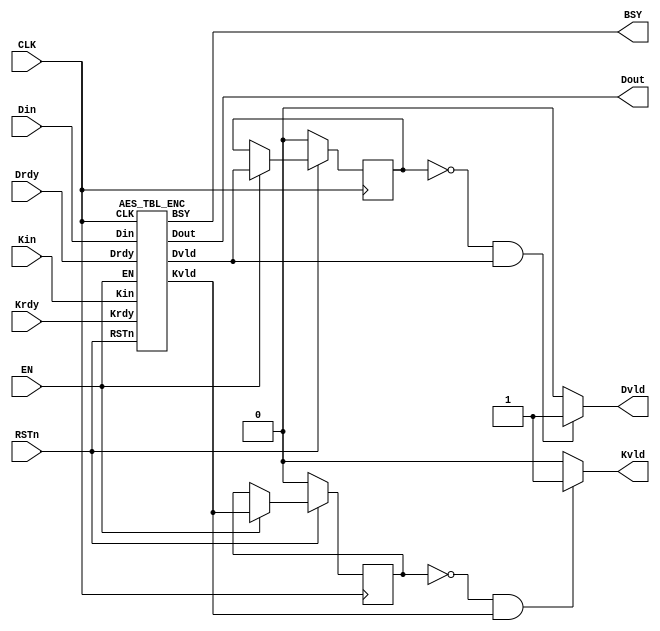
/*-------------------------------------------------------------------------
 AES Encryption/Decryption Macro (ASIC version)
                                   
 File name   : AES_TBL.v
 Version     : Version 1.0
 Created     : 
 Last update : SEP/25/2007
 Desgined by : Akashi Satoh
 
 
 Copyright (C) 2007 AIST and Tohoku Univ.
 
 By using this code, you agree to the following terms and conditions.
 
 This code is copyrighted by AIST and Tohoku University ("us").
 
 Permission is hereby granted to copy, reproduce, redistribute or
 otherwise use this code as long as: there is no monetary profit gained
 specifically from the use or reproduction of this code, it is not sold,
 rented, traded or otherwise marketed, and this copyright notice is
 included prominently in any copy made.
 
 We shall not be liable for any damages, including without limitation
 direct, indirect, incidental, special or consequential damages arising
 from the use of this code.
 
 When you publish any results arising from the use of this code, we will
 appreciate it if you can cite as following.
 @misc{tohoku-crypto-ip,
  author={Tohoku University ECSIS laboratory},
  title={Cryptographic IP cores},
  howpublished = {https://github.com/ECSIS-lab/IP_cores}
 }
 -------------------------------------------------------------------------*/

//`timescale 1ns / 1ps

module AES_TBL(Kin, Din, Dout, Krdy, Drdy, RSTn, EN, CLK, BSY, Kvld, Dvld);
  input  [127:0] Kin;  // Key input
  input  [127:0] Din;  // Data input
  output [127:0] Dout; // Data output
  input  Krdy;         // Key input ready
  input  Drdy;         // Data input ready
//  input  EncDec;       // 0:Encryption 1:Decryption
  input  RSTn;         // Reset (Low active)
  input  EN;           // AES circuit enable
  input  CLK;          // System clock
  output BSY;          // Busy signal
  output Kvld;         // Data output valid
  output Dvld;         // Data output valid

  wire EN_E, EN_D;
  wire [127:0] Dout_E, Dout_D;
  wire BSY_E, BSY_D;
  wire Dvld_E, Dvld_D;
  wire Kvld_E, Kvld_D;

  wire Dvld_tmp, Kvld_tmp;
  reg  Dvld_reg, Kvld_reg;

  parameter EncDec = 1'b0; // Only encryption is supported

  assign EN_E = (~EncDec) & EN;
  assign EN_D =  EncDec & EN;
  //assign BSY  = BSY_E | BSY_D;
  assign BSY  = BSY_E;

  assign Dvld_tmp = Dvld_E & (~EncDec) | Dvld_D & EncDec;
  assign Kvld_tmp = Kvld_E & (~EncDec) | Kvld_D & EncDec;

  assign Dvld = ( (Dvld_reg == 1'b0) && (Dvld_tmp == 1'b1) ) ? 1'b1: 1'b0;
  assign Kvld = ( (Kvld_reg == 1'b0) && (Kvld_tmp == 1'b1) ) ? 1'b1: 1'b0;  

  assign Dout = (EncDec == 0)? Dout_E: Dout_D;

  AES_TBL_ENC AES_TBL_ENC(Kin, Din, Dout_E, Krdy, Drdy, RSTn, EN_E, CLK, BSY_E, Kvld_E, Dvld_E);
  //AES_DEC AES_DEC(Kin, Din, Dout_D, Krdy, Drdy, RSTn, EN_D, CLK, BSY_D, Kvld_D, Dvld_D);

  // Behavior for Dvld_reg and Kvld_reg.
  always @(posedge CLK) begin
    if (RSTn == 0) begin
      Dvld_reg <= 1'b0;
      Kvld_reg <= 1'b0;
    end
    else if (EN == 1) begin
      Dvld_reg <= Dvld_tmp;
      Kvld_reg <= Kvld_tmp;
    end
  end
endmodule


/////////////////////////////
//        SubBytes         //
/////////////////////////////
module AES_TBL_SubBytesTBL (x, y);
  input  [31:0] x;
  output [31:0] y;

  function [7:0] S;
  input    [7:0] x;
    case (x)
        0:S= 99;   1:S=124;   2:S=119;   3:S=123;   4:S=242;   5:S=107;   6:S=111;   7:S=197;
        8:S= 48;   9:S=  1;  10:S=103;  11:S= 43;  12:S=254;  13:S=215;  14:S=171;  15:S=118;
       16:S=202;  17:S=130;  18:S=201;  19:S=125;  20:S=250;  21:S= 89;  22:S= 71;  23:S=240;
       24:S=173;  25:S=212;  26:S=162;  27:S=175;  28:S=156;  29:S=164;  30:S=114;  31:S=192;
       32:S=183;  33:S=253;  34:S=147;  35:S= 38;  36:S= 54;  37:S= 63;  38:S=247;  39:S=204;
       40:S= 52;  41:S=165;  42:S=229;  43:S=241;  44:S=113;  45:S=216;  46:S= 49;  47:S= 21;
       48:S=  4;  49:S=199;  50:S= 35;  51:S=195;  52:S= 24;  53:S=150;  54:S=  5;  55:S=154;
       56:S=  7;  57:S= 18;  58:S=128;  59:S=226;  60:S=235;  61:S= 39;  62:S=178;  63:S=117;
       64:S=  9;  65:S=131;  66:S= 44;  67:S= 26;  68:S= 27;  69:S=110;  70:S= 90;  71:S=160;
       72:S= 82;  73:S= 59;  74:S=214;  75:S=179;  76:S= 41;  77:S=227;  78:S= 47;  79:S=132;
       80:S= 83;  81:S=209;  82:S=  0;  83:S=237;  84:S= 32;  85:S=252;  86:S=177;  87:S= 91;
       88:S=106;  89:S=203;  90:S=190;  91:S= 57;  92:S= 74;  93:S= 76;  94:S= 88;  95:S=207;
       96:S=208;  97:S=239;  98:S=170;  99:S=251; 100:S= 67; 101:S= 77; 102:S= 51; 103:S=133;
      104:S= 69; 105:S=249; 106:S=  2; 107:S=127; 108:S= 80; 109:S= 60; 110:S=159; 111:S=168;
      112:S= 81; 113:S=163; 114:S= 64; 115:S=143; 116:S=146; 117:S=157; 118:S= 56; 119:S=245;
      120:S=188; 121:S=182; 122:S=218; 123:S= 33; 124:S= 16; 125:S=255; 126:S=243; 127:S=210;
      128:S=205; 129:S= 12; 130:S= 19; 131:S=236; 132:S= 95; 133:S=151; 134:S= 68; 135:S= 23;
      136:S=196; 137:S=167; 138:S=126; 139:S= 61; 140:S=100; 141:S= 93; 142:S= 25; 143:S=115;
      144:S= 96; 145:S=129; 146:S= 79; 147:S=220; 148:S= 34; 149:S= 42; 150:S=144; 151:S=136;
      152:S= 70; 153:S=238; 154:S=184; 155:S= 20; 156:S=222; 157:S= 94; 158:S= 11; 159:S=219;
      160:S=224; 161:S= 50; 162:S= 58; 163:S= 10; 164:S= 73; 165:S=  6; 166:S= 36; 167:S= 92;
      168:S=194; 169:S=211; 170:S=172; 171:S= 98; 172:S=145; 173:S=149; 174:S=228; 175:S=121;
      176:S=231; 177:S=200; 178:S= 55; 179:S=109; 180:S=141; 181:S=213; 182:S= 78; 183:S=169;
      184:S=108; 185:S= 86; 186:S=244; 187:S=234; 188:S=101; 189:S=122; 190:S=174; 191:S=  8;
      192:S=186; 193:S=120; 194:S= 37; 195:S= 46; 196:S= 28; 197:S=166; 198:S=180; 199:S=198;
      200:S=232; 201:S=221; 202:S=116; 203:S= 31; 204:S= 75; 205:S=189; 206:S=139; 207:S=138;
      208:S=112; 209:S= 62; 210:S=181; 211:S=102; 212:S= 72; 213:S=  3; 214:S=246; 215:S= 14;
      216:S= 97; 217:S= 53; 218:S= 87; 219:S=185; 220:S=134; 221:S=193; 222:S= 29; 223:S=158;
      224:S=225; 225:S=248; 226:S=152; 227:S= 17; 228:S=105; 229:S=217; 230:S=142; 231:S=148;
      232:S=155; 233:S= 30; 234:S=135; 235:S=233; 236:S=206; 237:S= 85; 238:S= 40; 239:S=223;
      240:S=140; 241:S=161; 242:S=137; 243:S= 13; 244:S=191; 245:S=230; 246:S= 66; 247:S=104;
      248:S= 65; 249:S=153; 250:S= 45; 251:S= 15; 252:S=176; 253:S= 84; 254:S=187; 255:S= 22;
    endcase
  endfunction

  assign y = {S(x[31:24]), S(x[23:16]), S(x[15: 8]), S(x[ 7: 0])};
endmodule


/////////////////////////////
//       MixColumns        //
/////////////////////////////
module AES_TBL_MixColumns(x, y);
  input  [31:0]  x;
  output [31:0]  y;

  wire [7:0] a3, a2, a1, a0, b3, b2, b1, b0;

  assign a3 = x[31:24]; assign a2 = x[23:16];
  assign a1 = x[15: 8]; assign a0 = x[ 7: 0];

  assign b3 = a3 ^ a2; assign b2 = a2 ^ a1;
  assign b1 = a1 ^ a0; assign b0 = a0 ^ a3;

  assign y = {a2[7] ^ b1[7] ^ b3[6],         a2[6] ^ b1[6] ^ b3[5],
              a2[5] ^ b1[5] ^ b3[4],         a2[4] ^ b1[4] ^ b3[3] ^ b3[7],
              a2[3] ^ b1[3] ^ b3[2] ^ b3[7], a2[2] ^ b1[2] ^ b3[1],
              a2[1] ^ b1[1] ^ b3[0] ^ b3[7], a2[0] ^ b1[0] ^ b3[7],
              a3[7] ^ b1[7] ^ b2[6],         a3[6] ^ b1[6] ^ b2[5],
              a3[5] ^ b1[5] ^ b2[4],         a3[4] ^ b1[4] ^ b2[3] ^ b2[7],
              a3[3] ^ b1[3] ^ b2[2] ^ b2[7], a3[2] ^ b1[2] ^ b2[1],
              a3[1] ^ b1[1] ^ b2[0] ^ b2[7], a3[0] ^ b1[0] ^ b2[7],
              a0[7] ^ b3[7] ^ b1[6],         a0[6] ^ b3[6] ^ b1[5],
              a0[5] ^ b3[5] ^ b1[4],         a0[4] ^ b3[4] ^ b1[3] ^ b1[7],
              a0[3] ^ b3[3] ^ b1[2] ^ b1[7], a0[2] ^ b3[2] ^ b1[1],
              a0[1] ^ b3[1] ^ b1[0] ^ b1[7], a0[0] ^ b3[0] ^ b1[7],
              a1[7] ^ b3[7] ^ b0[6],         a1[6] ^ b3[6] ^ b0[5],
              a1[5] ^ b3[5] ^ b0[4],         a1[4] ^ b3[4] ^ b0[3] ^ b0[7],
              a1[3] ^ b3[3] ^ b0[2] ^ b0[7], a1[2] ^ b3[2] ^ b0[1],
              a1[1] ^ b3[1] ^ b0[0] ^ b0[7], a1[0] ^ b3[0] ^ b0[7]};
endmodule


/////////////////////////////
//     Encryption Core     //
/////////////////////////////
module AES_TBL_EncCore(di, ki, Rrg, do, ko);
  input  [127:0] di, ki;
  input  [9:0]   Rrg;
  output [127:0] do, ko;

  wire   [127:0] sb, sr, mx;
  wire   [31:0]  so;

  AES_TBL_SubBytesTBL SB3 (di[127:96], sb[127:96]);
  AES_TBL_SubBytesTBL SB2 (di[ 95:64], sb[ 95:64]);
  AES_TBL_SubBytesTBL SB1 (di[ 63:32], sb[ 63:32]);
  AES_TBL_SubBytesTBL SB0 (di[ 31: 0], sb[ 31: 0]);
  AES_TBL_SubBytesTBL SBK ({ki[23:16], ki[15:8], ki[7:0], ki[31:24]}, so);

  assign sr = {sb[127:120], sb[ 87: 80], sb[ 47: 40], sb[  7:  0],
               sb[ 95: 88], sb[ 55: 48], sb[ 15:  8], sb[103: 96],
               sb[ 63: 56], sb[ 23: 16], sb[111:104], sb[ 71: 64],
               sb[ 31: 24], sb[119:112], sb[ 79: 72], sb[ 39: 32]};

  AES_TBL_MixColumns MX3 (sr[127:96], mx[127:96]);
  AES_TBL_MixColumns MX2 (sr[ 95:64], mx[ 95:64]);
  AES_TBL_MixColumns MX1 (sr[ 63:32], mx[ 63:32]);
  AES_TBL_MixColumns MX0 (sr[ 31: 0], mx[ 31: 0]);

  assign do = ((Rrg[0] == 1)? sr: mx) ^ ki;

  function [7:0] rcon;
  input [9:0] x;
    casex (x)
      10'bxxxxxxxxx1: rcon = 8'h01;
      10'bxxxxxxxx1x: rcon = 8'h02;
      10'bxxxxxxx1xx: rcon = 8'h04;
      10'bxxxxxx1xxx: rcon = 8'h08;
      10'bxxxxx1xxxx: rcon = 8'h10;
      10'bxxxx1xxxxx: rcon = 8'h20;
      10'bxxx1xxxxxx: rcon = 8'h40;
      10'bxx1xxxxxxx: rcon = 8'h80;
      10'bx1xxxxxxxx: rcon = 8'h1b;
      10'b1xxxxxxxxx: rcon = 8'h36;
    endcase
  endfunction

  assign ko = {ki[127:96] ^ {so[31:24] ^ rcon(Rrg), so[23: 0]},
               ki[ 95:64] ^ ko[127:96],
               ki[ 63:32] ^ ko[ 95:64],
               ki[ 31: 0] ^ ko[ 63:32]};
endmodule


/////////////////////////////
//   AES for encryption    //
/////////////////////////////
module AES_TBL_ENC(Kin, Din, Dout, Krdy, Drdy, RSTn, EN, CLK, BSY, Kvld, Dvld);
  input  [127:0] Kin;  // Key input
  input  [127:0] Din;  // Data input
  output [127:0] Dout; // Data output
  input  Krdy;         // Key input ready
  input  Drdy;         // Data input ready
  input  RSTn;         // Reset (Low active)
  input  EN;           // AES circuit enable
  input  CLK;          // System clock
  output BSY;          // Busy signal
  output Kvld;         // Key valid
  output Dvld;         // Data output valid

  reg  [127:0] Drg;    // Data register
  reg  [127:0] Krg;    // Key register
  reg  [127:0] KrgX;   // Temporary key Register
  reg  [9:0]   Rrg;    // Round counter
  reg  Kvldrg, Dvldrg, BSYrg;
  wire [127:0] Dnext, Knext;

  AES_TBL_EncCore EC (Drg, KrgX, Rrg, Dnext, Knext);

  assign Kvld = Kvldrg;
  assign Dvld = Dvldrg;
  assign Dout = Drg;
  assign BSY  = BSYrg;

  always @(posedge CLK) begin
    if (RSTn == 0) begin
      Krg    <= 128'h0000000000000000;
      KrgX   <= 128'h0000000000000000;
      Rrg    <= 10'b0000000001;
      Kvldrg <= 0;
      Dvldrg <= 0;
      BSYrg  <= 0;
    end
    else if (EN == 1) begin
      if (BSYrg == 0) begin
        if (Krdy == 1) begin
          Krg    <= Kin;
          KrgX   <= Kin;
          Kvldrg <= 1;
          Dvldrg <= 0;
        end
        else if (Drdy == 1) begin
          Rrg    <= {Rrg[8:0], Rrg[9]};
          KrgX   <= Knext;
          Drg    <= Din ^ Krg;
          Dvldrg <= 0;
          BSYrg  <= 1;
        end
      end
      else begin
        Drg <= Dnext;
        if (Rrg[0] == 1) begin
          KrgX   <= Krg;
          Dvldrg <= 1;
          BSYrg  <= 0;
        end
        else begin
          Rrg    <= {Rrg[8:0], Rrg[9]};
          KrgX   <= Knext;
        end
      end
    end
  end
endmodule

/////////////////////////////
//   AES for encryption    //
//   with output register  //
/////////////////////////////
module AES_TBL_ENCx(Kin, Din, Dout, Krdy, Drdy, RSTn, EN, CLK, BSY, Kvld, Dvld);
  input  [127:0] Kin;  // Key input
  input  [127:0] Din;  // Data input
  output [127:0] Dout; // Data output
  input  Krdy;         // Key input ready
  input  Drdy;         // Data input ready
  input  RSTn;         // Reset (Low active)
  input  EN;           // AES circuit enable
  input  CLK;          // System clock
  output BSY;          // Busy signal
  output Kvld;         // Key valid
  output Dvld;         // Data output valid

  reg  [127:0] Drg;    // Data register
  reg  [127:0] DrgX;   // Data output regsiter
  reg  [127:0] Krg;    // Key register
  reg  [127:0] KrgX;   // Temporary key Register
  reg  [9:0]   Rrg;    // Round counter
  reg  Kvldrg, Dvldrg, BSYrg;
  wire [127:0] Dnext, Knext;

  AES_TBL_EncCore EC (Drg, KrgX, Rrg, Dnext, Knext);

  assign Kvld = Kvldrg;
  assign Dvld = Dvldrg;
  assign Dout = DrgX;
  assign BSY  = BSYrg;

  always @(posedge CLK) begin
    if (RSTn == 0) begin
      Krg    <= 128'h0000000000000000;
      KrgX   <= 128'h0000000000000000;
      Rrg    <= 10'b0000000001;
      Kvldrg <= 0;
      Dvldrg <= 0;
      BSYrg  <= 0;
    end
    else if (EN == 1) begin
      if (BSYrg == 0) begin
        if (Krdy == 1) begin
          Krg    <= Kin;
          KrgX   <= Kin;
          Kvldrg <= 1;
          Dvldrg <= 0;
        end
        else if (Drdy == 1) begin
          Rrg    <= {Rrg[8:0], Rrg[9]};
          KrgX   <= Knext;
          Drg    <= Din ^ Krg;
          Dvldrg <= 0;
          BSYrg  <= 1;
        end
      end
      else begin
        if (Rrg[0] == 1) begin
          KrgX   <= Krg;
          DrgX   <= Dnext;
          Dvldrg <= 1;
          BSYrg  <= 0;
        end
        else begin
          Rrg    <= {Rrg[8:0], Rrg[9]};
          KrgX   <= Knext;
          Drg    <= Dnext;
        end
      end
    end
  end
endmodule